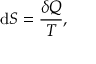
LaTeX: \mathrm { d } S = { \frac { \delta Q } { T } } ,